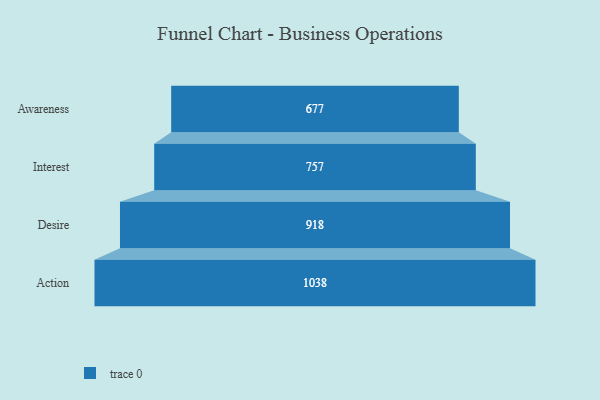
{"axis": {"x": "Stage", "y": "Value"}, "legend": [""], "data": [{"x": "Awareness", "y": 677.0, "type": ""}, {"x": "Interest", "y": 757.0, "type": ""}, {"x": "Desire", "y": 918.0, "type": ""}, {"x": "Action", "y": 1038.0, "type": ""}]}